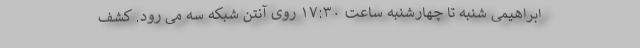
ابراهیمی شنبه تا چهارشنبه ساعت ۱۷:۳۰ روی آنتن شبکه سه می رود. کشف